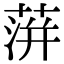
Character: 蓱